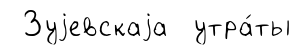
Зуjевскаjа утра́ты